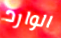
الوارد